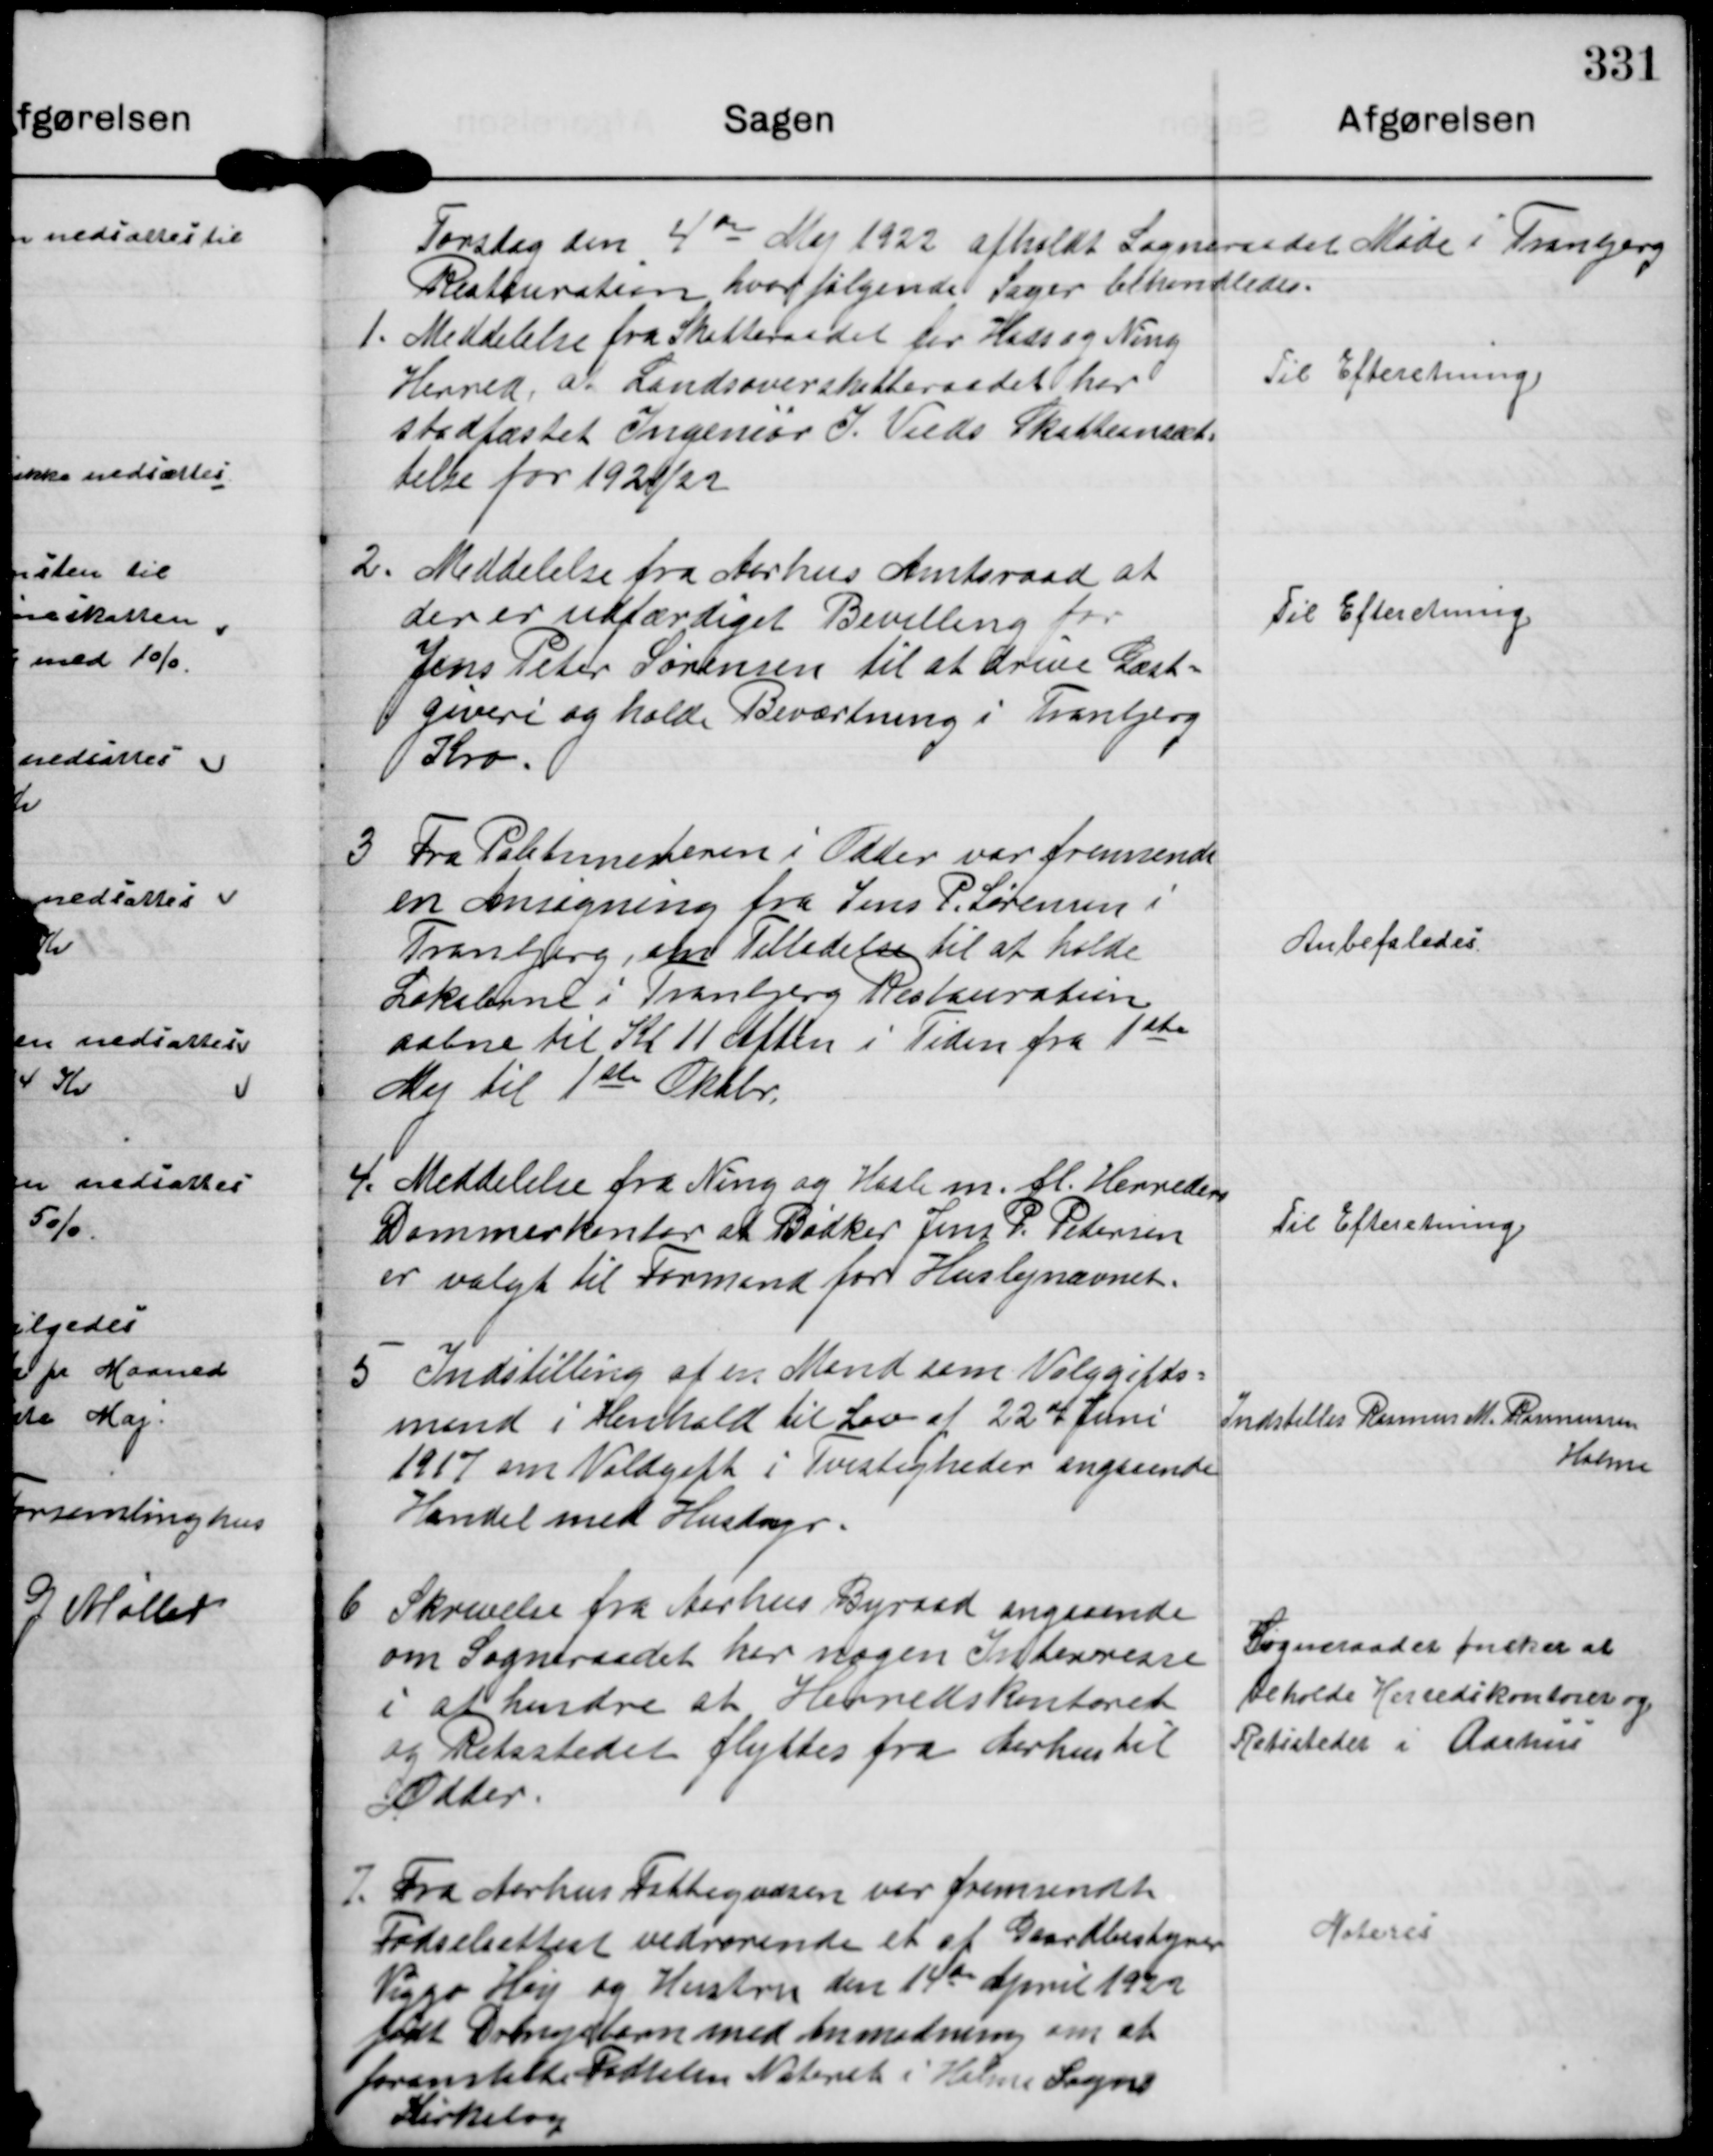
Transskription:
Torsdag den 4de Maj 1922 afholdt Sogneradet Møde i Tranbjerg
Restauration hvor følgende Sager behandledes

1. Meddelelse fra Skatteraadet for Hads og Ning
Herred at Landsoverskatteraadet har
stadfæstet Ingeniør J. Vieds Skatteansæt-
telse for 1921/22

Til Efteretning.

2. Meddelelse fra Aarhus Amtsraad at
der er udfærdiget Bevilling for
Jens Peter Sørensen til at drive Gæst-
giveri og holde Beværtning i Tranbjerg
Kro

Til Efteretning.

3 Fra Politimesteren i Odder var fremsendt
en Ansøgning fra Jens P. Sørensen i
Tranbjerg, om Tilladelse til at holde
Lokalerne i Tranbjerg Restauration
aabne til Kl 11 Aften i Tiden fra 1ste
Maj til 1ste Oktbr.

Anbefaledes

4. Meddelelse fra Ning og Hasle m fl. Herreders
Dommerkontor at Bødker Jens P. Pedersen
er valgt til Formand for Huslejnævnet.

Til Efteretning.

5. Indstilling af en Mand som Volggifts-
mand i Henhold til Lov af 22.Juni
1917 om Voldgift i Tvistigheder angaaende
Handel med Husdyr.

Indstilles Rasmus M. Rasmussen
Holme

6 Skrivelse fra Aarhus Byraad angaaende
om Sogneraadet har nogen Interresse
i at hindre at Herredskontoret
og Retsstedet flyttes fra Aerhus til
Odder.

Sogneraadet ønsker at
beholde Herredskontoret og
Retsstedet i Aarhus

7 Fra Aarhus Fattigvæsen ver fremsendt
Fødselsattest vedrørende et af Gaardbestyrer
Viggo Høy og Hustruu den 14de April 1922
født Drengebarn med anmodning om at
foranstalte Fødselen Noteret i Holme Sogns
Kirkebog

Noteres.